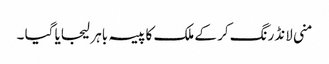
منی لانڈرنگ کر کے ملک کا پیسہ باہر لیجایا گیا ۔